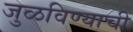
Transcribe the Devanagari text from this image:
जुळविण्याची